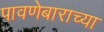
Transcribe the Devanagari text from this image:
पावणेबाराच्या